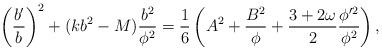
LaTeX: \begin{align*}\left({b'\over b}\right)^2 + ( kb^2-M) {b^2\over\phi^2} = {1\over6}\left( A^2 +{B^2\over \phi} + {3+2\omega\over 2}{\phi'^2\over\phi^2}\right), \end{align*}